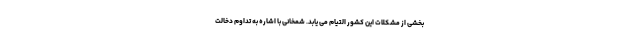
بخشی از مشکلات این کشور التیام می یابد. شمخانی با اشاره به تداوم دخالت